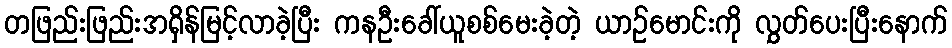
တဖြည်းဖြည်းအရှိန်မြင့်လာခဲ့ပြီး ကနဦးခေါ်ယူစစ်မေးခဲ့တဲ့ ယာဉ်မောင်းကို လွှတ်ပေးပြီးနောက်